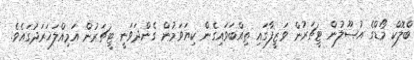
ބްލޮކް މޯޑްގެ އުޞޫލުން ޓީޗަރުން ވަޒީފާގައި ތިއްބަވައިގެން ކިޔަވަމުން ގެންދަވަނީ ޓީޗަރުން އަމިއްލަޚަރަދުގައެވެ.